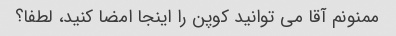
ممنونم آقا می توانید کوپن را اینجا امضا کنید، لطفا؟